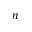
n